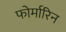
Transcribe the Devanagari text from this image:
फोर्मारिन